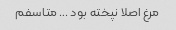
مرغ اصلا نپخته بود … متاسفم